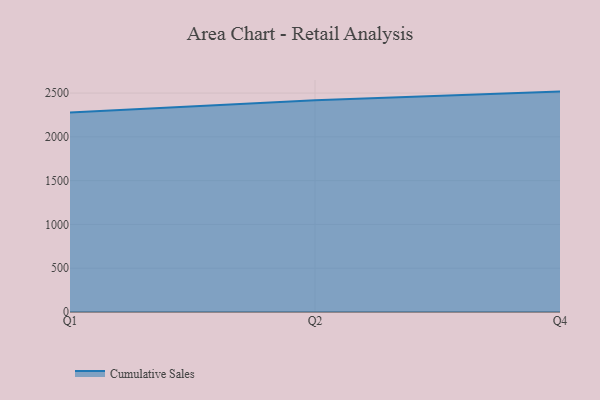
{"axis": {"x": "Quarter", "y": "Tickets Resolved"}, "legend": ["Cumulative Sales"], "data": [{"x": "Q1", "y": 2278.6, "type": "Cumulative Sales"}, {"x": "Q2", "y": 2418.7, "type": "Cumulative Sales"}, {"x": "Q4", "y": 2516.8, "type": "Cumulative Sales"}]}